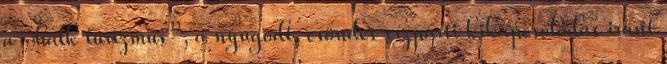
a „halk turizmus”, a nyugodt, csöndes vízparti kikapcsolódás iránt